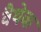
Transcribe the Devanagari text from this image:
वैथेक